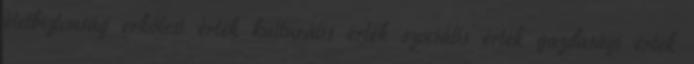
életbiztonság erkölcsi érték kulturális érték szociális érték gazdasági érték